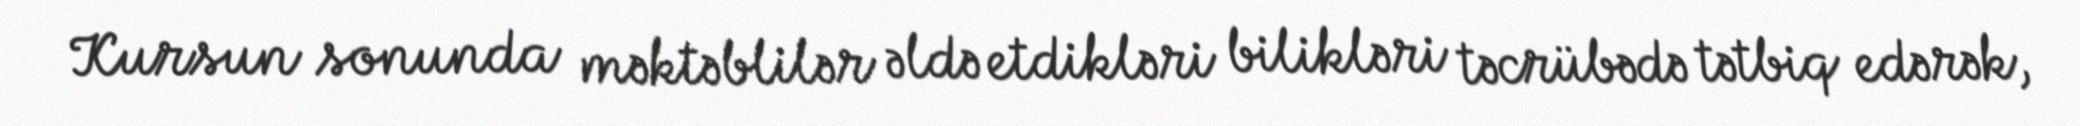
Kursun sonunda məktəblilər əldə etdikləri bilikləri təcrübədə tətbiq edərək,